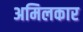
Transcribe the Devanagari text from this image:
अमिलकार